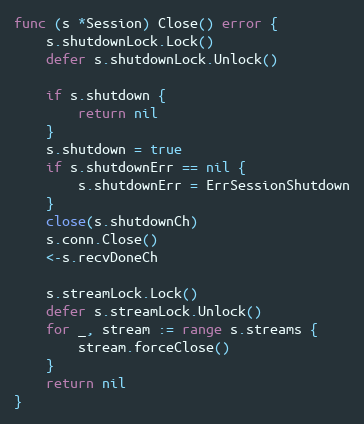
Language: Go
func (s *Session) Close() error {
	s.shutdownLock.Lock()
	defer s.shutdownLock.Unlock()

	if s.shutdown {
		return nil
	}
	s.shutdown = true
	if s.shutdownErr == nil {
		s.shutdownErr = ErrSessionShutdown
	}
	close(s.shutdownCh)
	s.conn.Close()
	<-s.recvDoneCh

	s.streamLock.Lock()
	defer s.streamLock.Unlock()
	for _, stream := range s.streams {
		stream.forceClose()
	}
	return nil
}